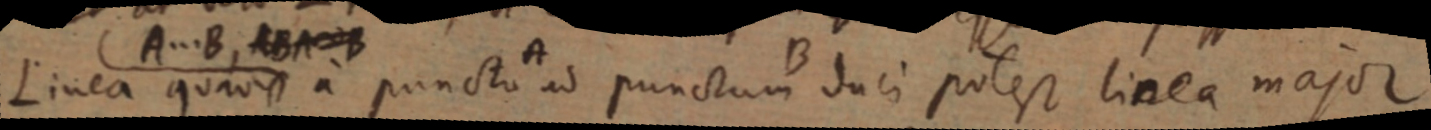
Linea quavis a puncto ad punctum duci potest linea major